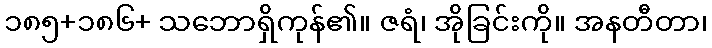
၁၈၅+၁၈၆+ သဘောရှိကုန်၏။ ဇရံ၊ အိုခြင်းကို။ အနတီတာ၊